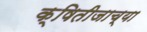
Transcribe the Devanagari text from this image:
क्षितीजाच्या